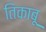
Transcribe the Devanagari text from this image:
तिकाबू